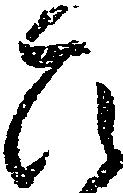
ひ